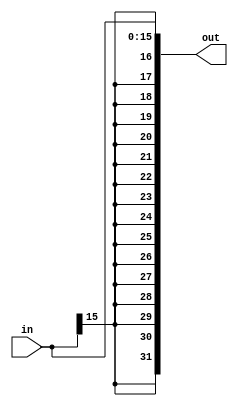
`timescale 1ns / 1ps
//////////////////////////////////////////////////////////////////////////////////
// Company: 
// Engineer: 
// 
// Design Name: 
// Module Name:    SExt 
// Project Name: 
// Target Devices: 
// Tool versions: 
// Description: 
//
// Dependencies: 
//
// Revision: 
// Revision 0.01 - File Created
// Additional Comments: 
//
//////////////////////////////////////////////////////////////////////////////////
module SExt(in, out);
input [15:0] in;
output [31:0] out;
assign out=$signed(in);
endmodule